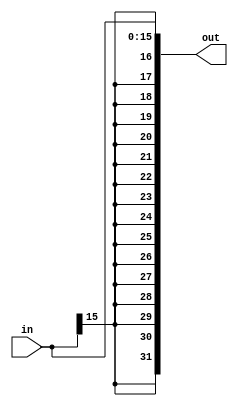
`timescale 1ns / 1ps
//////////////////////////////////////////////////////////////////////////////////
// Company: 
// Engineer: 
// 
// Design Name: 
// Module Name:    SExt 
// Project Name: 
// Target Devices: 
// Tool versions: 
// Description: 
//
// Dependencies: 
//
// Revision: 
// Revision 0.01 - File Created
// Additional Comments: 
//
//////////////////////////////////////////////////////////////////////////////////
module SExt(in, out);
input [15:0] in;
output [31:0] out;
assign out=$signed(in);
endmodule